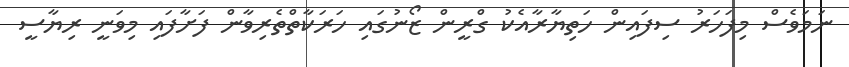
ނަމަވެސް މިފަހަރު ސިފައިން ހަތިޔާރާއެކު ގްރީން ޒޯނުގައި ހަރަކާތްތެރިވާން ފަށާފައި މިވަނީ ރިޔާސީ